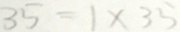
3 5 = 1 \times 3 5